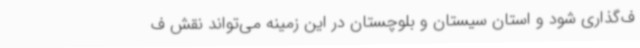
ف‌گذاری شود و استان سیستان و بلوچستان در این زمینه می‌تواند نقش ف